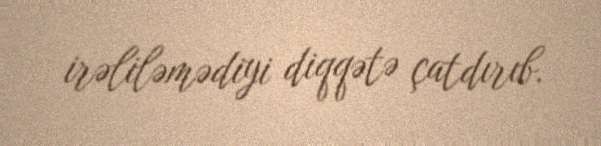
irəliləmədiyi diqqətə çatdırıb.